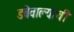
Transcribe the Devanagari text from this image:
डबेवाल्यांची